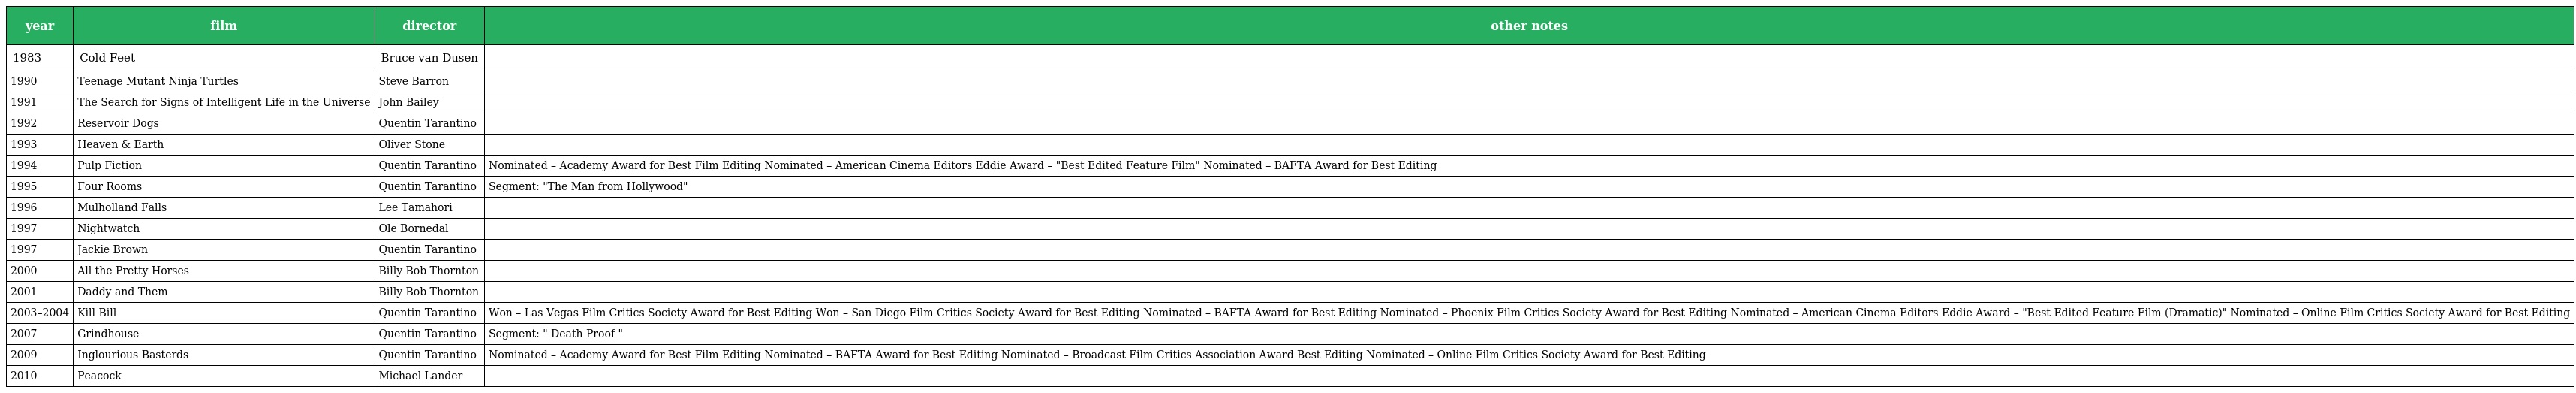
| year | film | director | other notes |
 | --- | --- | --- | --- |
 | 1983 | Cold Feet | Bruce van Dusen |  |
 | 1990 | Teenage Mutant Ninja Turtles | Steve Barron |  |
 | 1991 | The Search for Signs of Intelligent Life in the Universe | John Bailey |  |
 | 1992 | Reservoir Dogs | Quentin Tarantino |  |
 | 1993 | Heaven & Earth | Oliver Stone |  |
 | 1994 | Pulp Fiction | Quentin Tarantino | Nominated – Academy Award for Best Film Editing Nominated – American Cinema Editors Eddie Award – "Best Edited Feature Film" Nominated – BAFTA Award for Best Editing |
 | 1995 | Four Rooms | Quentin Tarantino | Segment: "The Man from Hollywood" |
 | 1996 | Mulholland Falls | Lee Tamahori |  |
 | 1997 | Nightwatch | Ole Bornedal |  |
 | 1997 | Jackie Brown | Quentin Tarantino |  |
 | 2000 | All the Pretty Horses | Billy Bob Thornton |  |
 | 2001 | Daddy and Them | Billy Bob Thornton |  |
 | 2003–2004 | Kill Bill | Quentin Tarantino | Won – Las Vegas Film Critics Society Award for Best Editing Won – San Diego Film Critics Society Award for Best Editing Nominated – BAFTA Award for Best Editing Nominated – Phoenix Film Critics Society Award for Best Editing Nominated – American Cinema Editors Eddie Award – "Best Edited Feature Film (Dramatic)" Nominated – Online Film Critics Society Award for Best Editing |
 | 2007 | Grindhouse | Quentin Tarantino | Segment: " Death Proof " |
 | 2009 | Inglourious Basterds | Quentin Tarantino | Nominated – Academy Award for Best Film Editing Nominated – BAFTA Award for Best Editing Nominated – Broadcast Film Critics Association Award Best Editing Nominated – Online Film Critics Society Award for Best Editing |
 | 2010 | Peacock | Michael Lander |  |